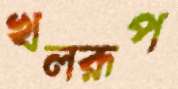
খলরূপ